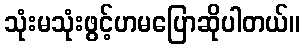
သုံးမသုံးဖွင့်ဟမပြောဆိုပါတယ်။